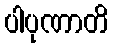
ပါပုဏာတိ